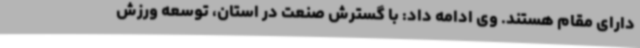
دارای مقام هستند. وی ادامه داد: با گسترش صنعت در استان، توسعه ورزش